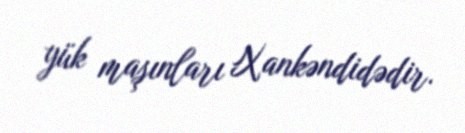
yük maşınları Xankəndidədir.